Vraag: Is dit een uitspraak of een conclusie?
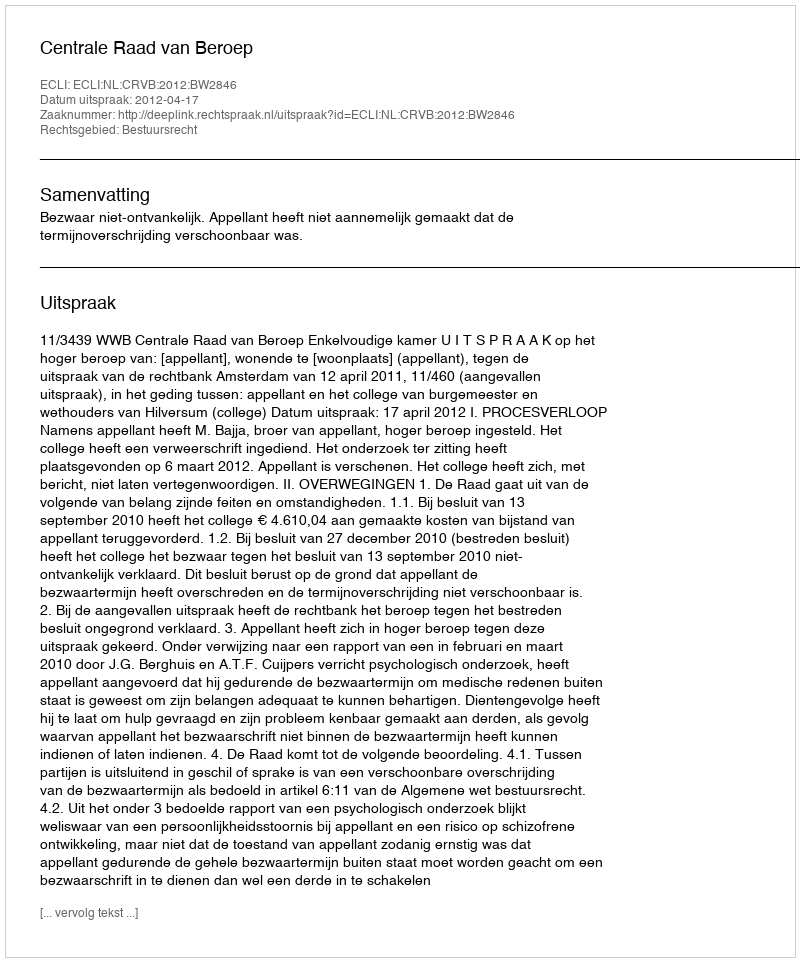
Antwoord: Uitspraak